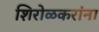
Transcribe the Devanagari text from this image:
शिरोळकरांना